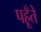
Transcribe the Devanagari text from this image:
पहूँते